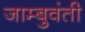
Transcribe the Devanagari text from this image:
जाम्बुवंती